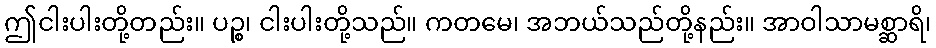
ဤငါးပါးတို့တည်း။ ပဉ္စ၊ ငါးပါးတို့သည်။ ကတမေ၊ အဘယ်သည်တို့နည်း။ အာဝါသာမစ္ဆာရိ၊